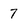
Character: 7